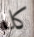
كلا